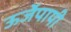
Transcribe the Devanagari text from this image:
ऊर्जेपायी